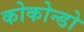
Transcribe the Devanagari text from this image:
कोकोन्डो